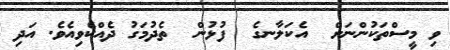
ވި މީސްތަކުންނަށް  އެކަލާނގެ  ފުޅުން  ތެދުމަގު ދެއްކެވިއެވެ. އަދި